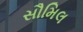
સૌમિલ